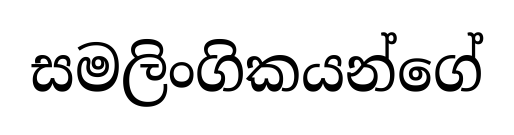
සමලිංගිකයන්ගේ